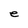
Character: e